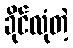
ခိုင်လုံတဲ့